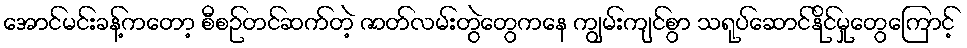
အောင်မင်းခန့်ကတော့ စီစဉ်တင်ဆက်တဲ့ ဇာတ်လမ်းတွဲတွေကနေ ကျွမ်းကျင်စွာ သရုပ်ဆောင်နိုင်မှုတွေကြောင့်